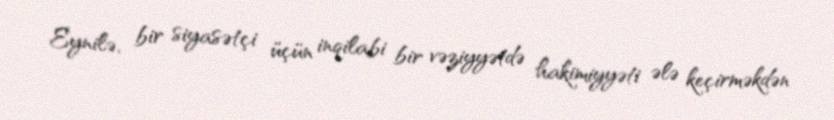
Eynilə, bir siyasətçi üçün inqilabi bir vəziyyətdə hakimiyyəti ələ keçirməkdən